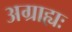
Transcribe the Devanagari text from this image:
अग्राह्यः